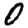
Digit: 0